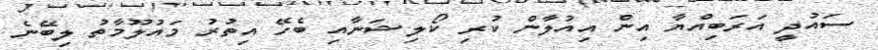
ސައުދީ އަރަބިއްޔާ އިން އިއުލާން ކުރި ކޯލިޝަނާއި ބެހޭ އިތުރު މައުލޫމާތު ލިބޭނެ